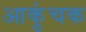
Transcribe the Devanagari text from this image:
आकुंचक